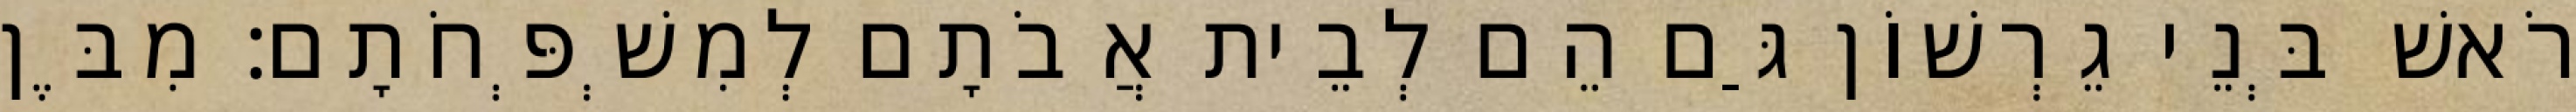
רֹאשׁ בְּנֵי גֵרְשׁוֹן גַּם הֵם לְבֵית אֲבֹתָם לְמִשְׁפְּחֹתָם׃ מִבֶּן